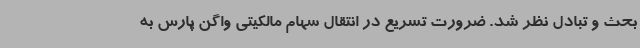
بحث و تبادل نظر شد. ضرورت تسریع در انتقال سهام مالکیتی واگن پارس به